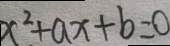
x ^ { 2 } + a x + b = 0